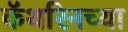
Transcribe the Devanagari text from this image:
कॅथरिनच्या